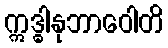
ဣဒ္ဓါနုဘာဝေါတိ